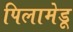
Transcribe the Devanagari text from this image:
पिलामेडू